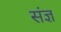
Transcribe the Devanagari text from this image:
संज्ञ